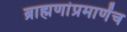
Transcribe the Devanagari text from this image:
ब्राह्मणांप्रमाणेंच